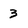
Character: 3